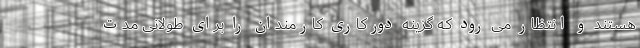
هستند و انتظار می رود که گزینه دورکاری کارمندان را برای طولانی مدت